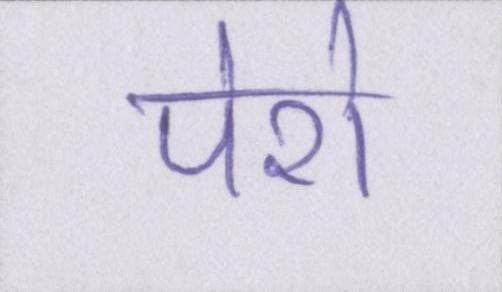
पेशे